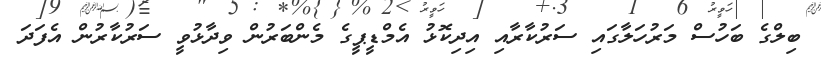
ބިލްގެ ބަހުސް މަރުހަލާގައި ސަރުކާރާއި އިދިކޮޅު އެމްޑީޕީގެ މެންބަރުން ވިދާޅުވީ ސަރުކާރުން އެފަދަ